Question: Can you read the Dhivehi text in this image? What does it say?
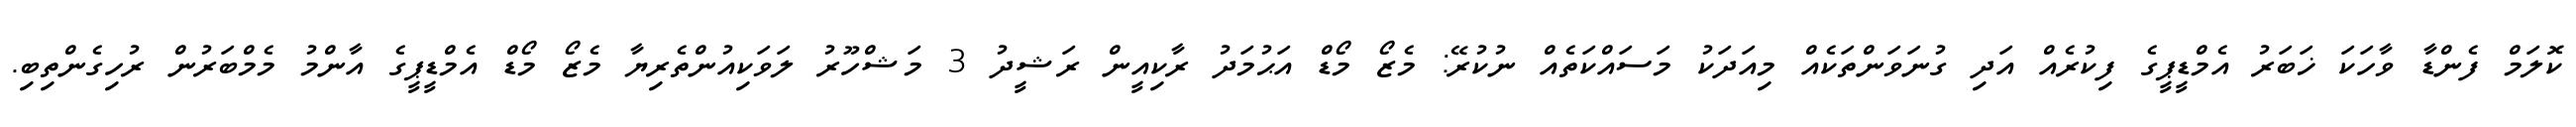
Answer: ކޮލަމް ފެންޑާ ވާހަކަ ޚަބަރު އެމްޑީޕީގެ ފިކުރެއް އަދި ގުނަވަންތަކެއް މިއަދަކު މަސައްކަތެއް ނުކުރޭ: މެޒޯ މޯޑް އަޙުމަދު ރާކިއީން ރަޝީދު 3 މަޝްހޫރު ލަވަކިއުންތެރިޔާ މެޒޯ މޯޑް އެމްޑީޕީގެ އާންމު މެމްބަރުން ރުހިގެންތިބި.